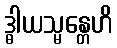
ဒ္ဓါယသ္မန္တေဟိ